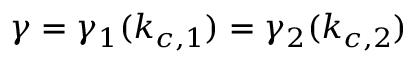
\gamma = \gamma _ { 1 } ( k _ { c , 1 } ) = \gamma _ { 2 } ( k _ { c , 2 } )